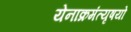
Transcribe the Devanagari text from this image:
येनाक्रमंत्यृषयो